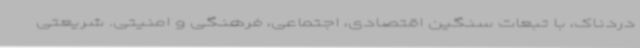
دردناک، با تبعات سنگین اقتصادی، اجتماعی، فرهنگی و امنیتی. شریعتی